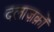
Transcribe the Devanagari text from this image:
दलाज़क़ों